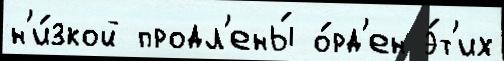
н'и́зкой продл'ены́ о́рд'ен э́т'их